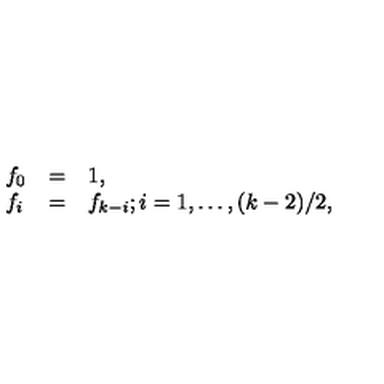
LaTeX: \begin{array} { l l l } { f _ { 0 } } & { = } & { 1 , } \\ { f _ { i } } & { = } & { f _ { k - i } ; i = 1 , \ldots , ( k - 2 ) / 2 , } \\ \end{array}